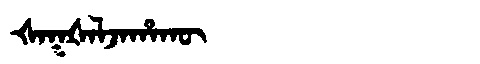
Manchu: ᡧᠠᡴᡧᠠᠯᠵᠠᡥᠠᡴᡡ
Romanization: ŠAKŠALJAHAKŪ